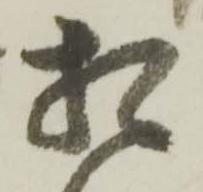
相